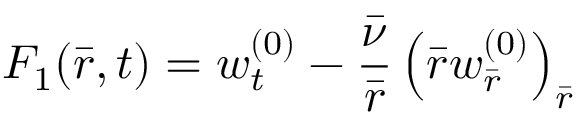
F _ { 1 } ( \bar { r } , t ) = w _ { t } ^ { ( 0 ) } - \frac { \bar { \nu } } { \bar { r } } \left( \bar { r } w _ { \bar { r } } ^ { ( 0 ) } \right) _ { \bar { r } }